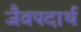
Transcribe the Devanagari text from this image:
जैवपदार्थ